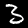
Label: 3